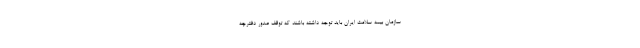
سازمان بیمه سلامت ایران باید توجه داشته باشند که توقف صدور دفترچه